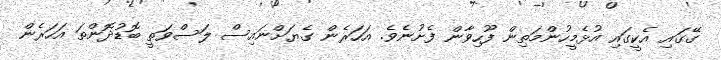
ގޭގައި އެކީގައި އުޅެމީހުންމަތިން ފޫހިވާން ފެށުނެވެ. އަހަރެން ގެޔަށްނައިސް ލަސްވަތީ ބޮޑުދޮންތަ އަހަރެން